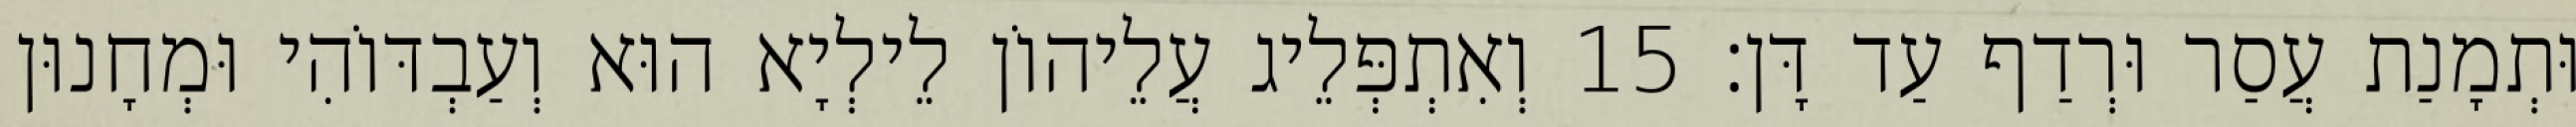
וּתְמָנַת עֲסַר וּרְדַף עַד דָּן׃ 15 וְאִתְפְּלֵיג עֲלֵיהוֹן לֵילְיָא הוּא וְעַבְדּוֹהִי וּמְחָנוּן